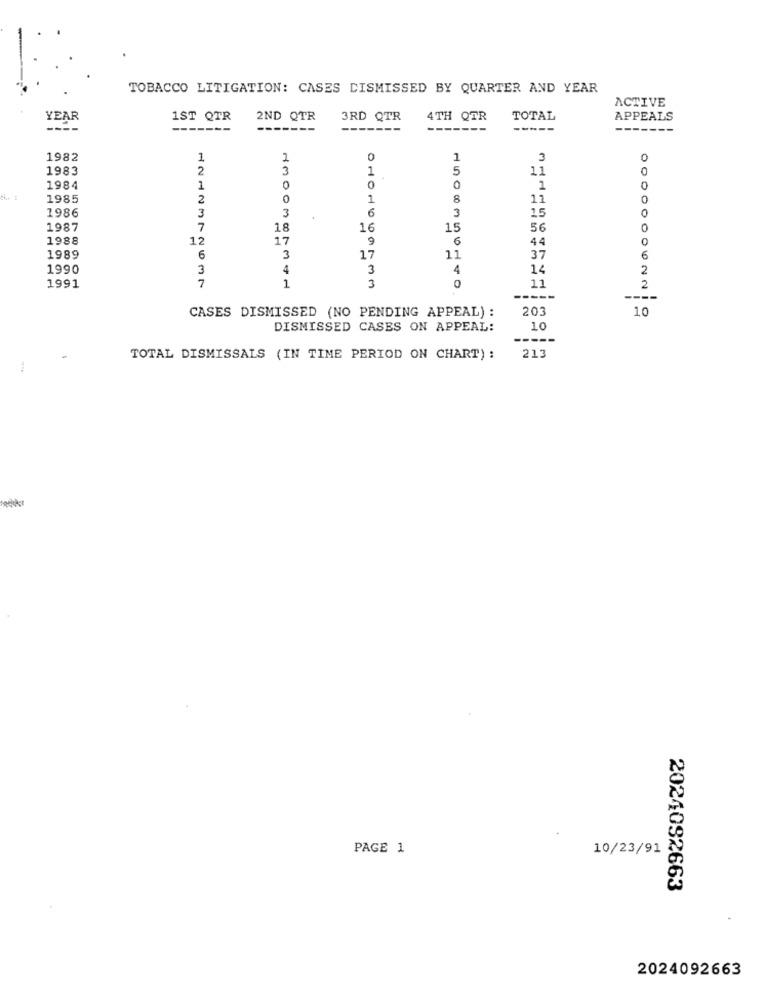
TOBACCO LITIGATION: CASES DISMISSED BY QUARTER AND YEAR
ACTIVE
YEAR
1ST QTR
2ND QTR
3RD QTR
4TH QTR
TOTAL
APPEALS
-------
-------
-----
-----
1982
1
1
0
1
3
1983
2
3
1
5
11
1984
1
0
0
0
1
0
1985
2
0
1
8
11
0
1986
3
6
15
0
3
3
1987
7
18
16
15
56
0
1988
12
17
9
6
44
1989
6
3
17
11
37
6
1990
3
4
3
4
14
2
7
1
1991
3
11
2
-----
----
203
10
CASES DISMISSED (NO PENDING APPEAL) :
DISMISSED CASES ON APPEAL:
10
-----
TOTAL DISMISSALS (IN TIME PERIOD ON CHART) :
213
-
PAGE 1
10/23/91
2024092663
2024092663